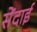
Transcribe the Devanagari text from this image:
सेंदाई